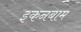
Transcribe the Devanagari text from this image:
इकनबाम